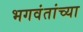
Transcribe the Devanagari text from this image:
भगवंतांच्या